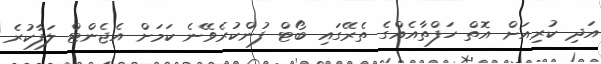
އަދި ކުރިއަށް އޮތް ހަފްތާއެއްގެ ތެރޭގައި ބޯޓް ފުންކުރެވޭނެ ކަަމަށް އެޖެންޓް ލަފާކުރެ